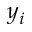
y _ { i }